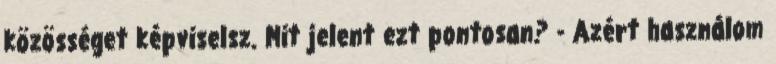
közösséget képviselsz. Mit jelent ezt pontosan? - Azért használom